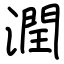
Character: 潤